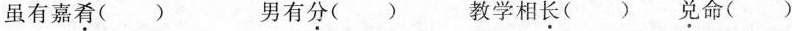
虽有嘉\underset{·}{肴}( ) 男有\underset{·}{分}( ) 教学相\underset{·}{长}( ) \underset{·}{兑}命( )